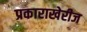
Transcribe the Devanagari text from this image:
प्रकाराखेरीज